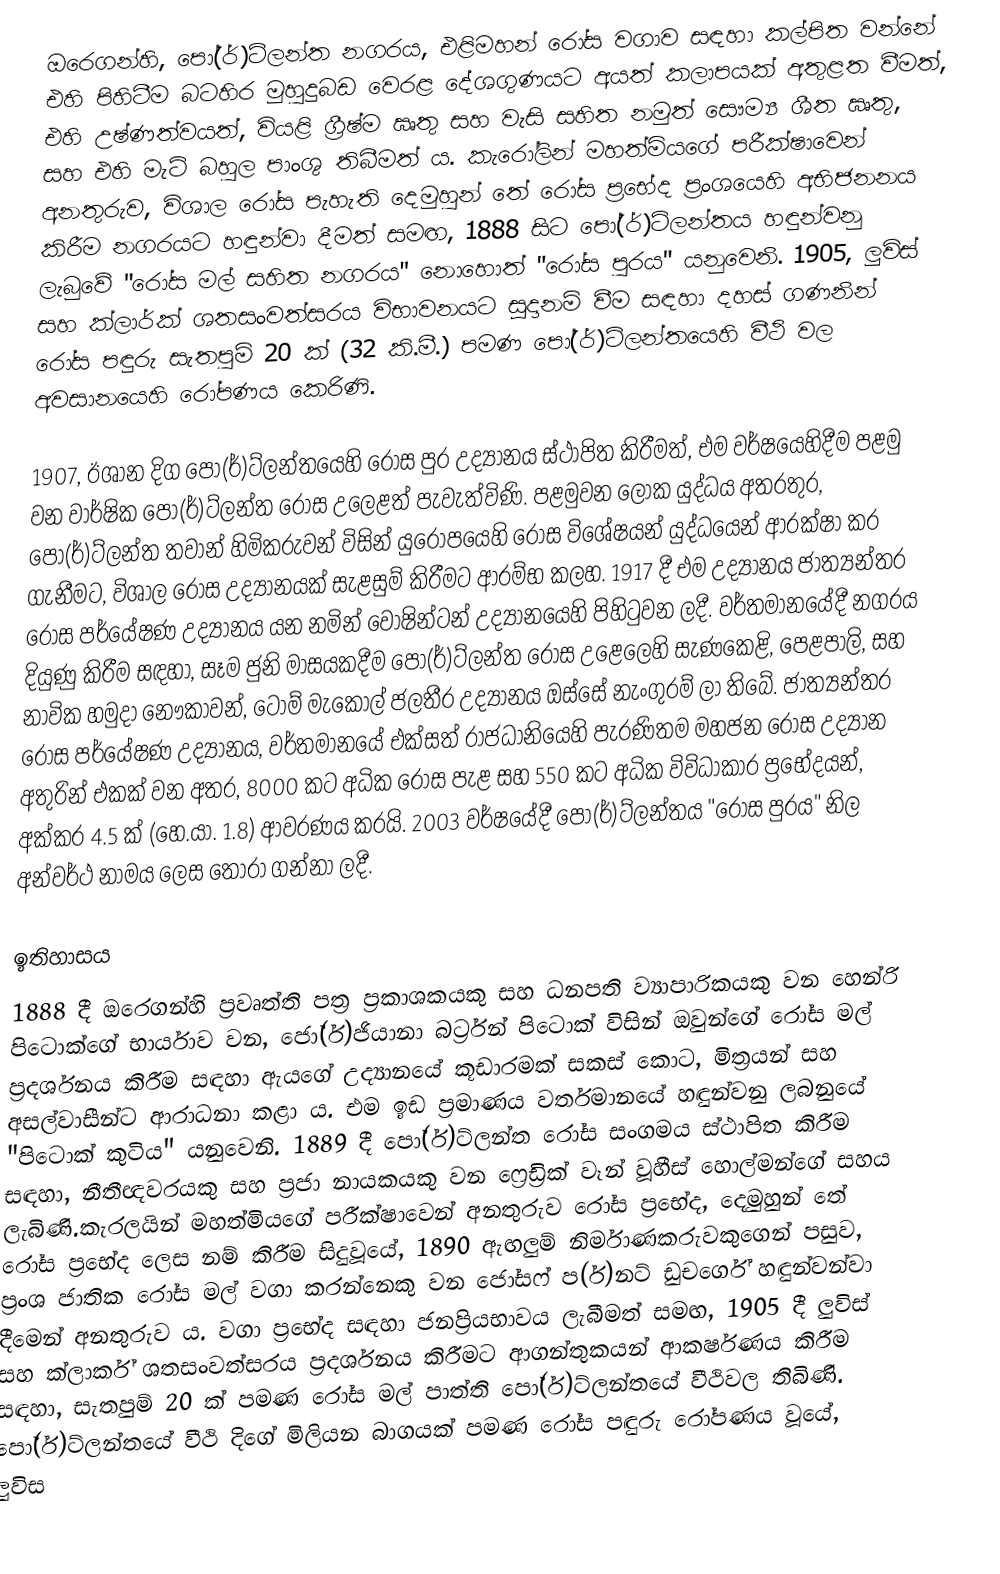
ඔරෙගන්හි, පෝ(ර්)ට්ලන්ත නගරය, එළිමහන් රෝස වගාව සඳහා කල්පිත වන්නේ එහි පිහිටීම බටහිර මුහුදුබඩ වෙරළ දේශගුණයට අයත් කලාපයක් අතුළත වීමත්, එහි උෂ්ණත්වයත්, වියළි ග්‍රීෂ්ම ඍතු සහ වැසි සහිත නමුත් සෞම්‍ය ශීත ඍතු, සහ එහි මැටි බහුල පාංශු තිබීමත් ය. කැරෝලින් මහත්මියගේ පරීක්ෂාවෙන් අනතුරුව, විශාල රෝස පැහැති දෙමුහුන් තේ රෝස ප්‍රභේද ප්‍රංශයෙහි අභිජනනය කිරීම නගරයට හඳුන්වා දීමත් සමඟ, 1888 සිට පෝ(ර්)ට්ලන්තය හඳුන්වනු ලැබුවේ "රෝස මල් සහිත නගරය" නොහොත් "රෝස පුරය" යනුවෙනි. 1905, ලුවිස් සහ ක්ලාර්ක් ශතසංවත්සරය විභාවනයට සූදානම් වීම සඳහා දහස් ගණනින් රෝස පඳුරු සැතපුම් 20 ක් (32 කි.මී.) පමණ පෝ(ර්)ට්ලන්තයෙහි වීථි වල අවසානයෙහි රෝපණය කෙරිණි.

1907, ඊශාන දිග පෝ(ර්)ට්ලන්තයෙහි රෝස පුර උද්‍යානය ස්ථාපිත කිරීමත්, එම වර්ෂයෙහිදීම පළමු වන වාර්ෂික පෝ(ර්)ට්ලන්ත රෝස උලෙළත් පැවැත්විණි. පළමුවන ලෝක යුද්ධය අතරතුර, පෝ(ර්)ට්ලන්ත තවාන් හිමිකරුවන් විසින් යුරෝපයෙහි රෝස විශේෂයන් යුද්ධයෙන් ආරක්ෂා කර ගැනීමට, විශාල රෝස උද්‍යානයක් සැළසුම් කිරීමට ආරම්භ කලහ. 1917 දී එම උද්‍යානය  ජාත්‍යන්තර රෝස පර්යේෂණ උද්‍යානය යන නමින් වොෂින්ටන් උද්‍යානයෙහි පිහිටුවන ලදී. වර්තමානයේදී නගරය දියුණු කිරීම සඳහා, සෑම ජුනි මාසයකදීම පෝ(ර්)ට්ලන්ත රෝස උළෙලෙහි සැණකෙළි, පෙළපාලි, සහ නාවික හමුදා නෞකාවන්, ටොම් මැකොල් ජලතීර උද්‍යානය ඔස්සේ නැංගුරම් ලා තිබේ. ජාත්‍යන්තර රෝස පර්යේෂණ උද්‍යානය, වර්තමානයේ එක්සත් රාජධානියෙහි පැරණිතම මහජන රෝස උද්‍යාන අතුරින් එකක් වන අතර, 8000 කට අධික රෝස පැළ සහ 550 කට අධික විවිධාකාර ප්‍රභේදයන්, අක්කර 4.5 ක් (හෙ.යා. 1.8) ආවරණය කරයි. 2003 වර්ෂයේදී පෝ(ර්)ට්ලන්තය "රෝස පුරය" නිල අන්වර්ථ නාමය ලෙස තෝරා ගන්නා ලදී.

ඉතිහාසය
1888 දී ඔරෙගන්හි ප්‍රවෘත්ති පත්‍ර ප්‍රකාශකයකු සහ ධනපති ව්‍යාපාරිකයකු වන හෙන්රි පිටොක්ගේ භාර්යාව වන, ජෝ(ර්)ජියානා බර්ට්‍රන් පිටොක් විසින් ඔවුන්ගේ රෝස මල් ප්‍රදර්ශනය කිරීම සඳහා ඇයගේ උද්‍යානයේ කූඩාරමක් සකස් කොට, මිත්‍රයන් සහ අසල්වාසීන්ට ආරාධනා කළා ය. එම ඉඩ ප්‍රමාණය වර්තමානයේ හඳුන්වනු ලබනුයේ "පිටොක් කුටිය" යනුවෙනි. 1889 දී පෝ(ර්)ට්ලන්ත රෝස සංගමය ස්ථාපිත කිරීම සඳහා, නීතීඥවරයකු සහ ප්‍රජා නායකයකු වන ෆ්‍රෙඩ්‍රික් වෑන් වූහීස් හොල්මන්ගේ සහය ලැබිණි.කැරලයින් මහත්මියගේ පරීක්ෂාවෙන් අනතුරුව රෝස ප්‍රභේද, දෙමුහුන් තේ රෝස ප්‍රභේද ලෙස නම් කිරීම සිදුවූයේ, 1890 ඇඟලුම් නිර්මාණකරුවකුගෙන් පසුව, ප්‍රංශ ජාතික රෝස මල් වගා කරන්නෙකු වන ජෝසෆ් ප(ර්)නට් ඩුචර්ගේ හඳුන්වන්වා දීමෙන් අනතුරුව ය. වගා ප්‍රභේද සඳහා ජනප්‍රියභාවය ලැබීමත් සමඟ, 1905 දී ලුවිස් සහ ක්ලාර්ක් ශතසංවත්සරය ප්‍රදර්ශනය කිරීමට ආගන්තුකයන් ආකර්ෂණය කිරීම සඳහා, සැතපුම් 20 ක් පමණ රෝස මල් පාත්ති පෝ(ර්)ට්ලන්තයේ වීථිවල තිබිණි. පෝ(ර්)ට්ලන්තයේ වීථි දිගේ මිලියන බාගයක් පමණ රෝස පඳුරු රෝපණය වූයේ, ලුවිස